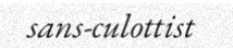
sans-culottist